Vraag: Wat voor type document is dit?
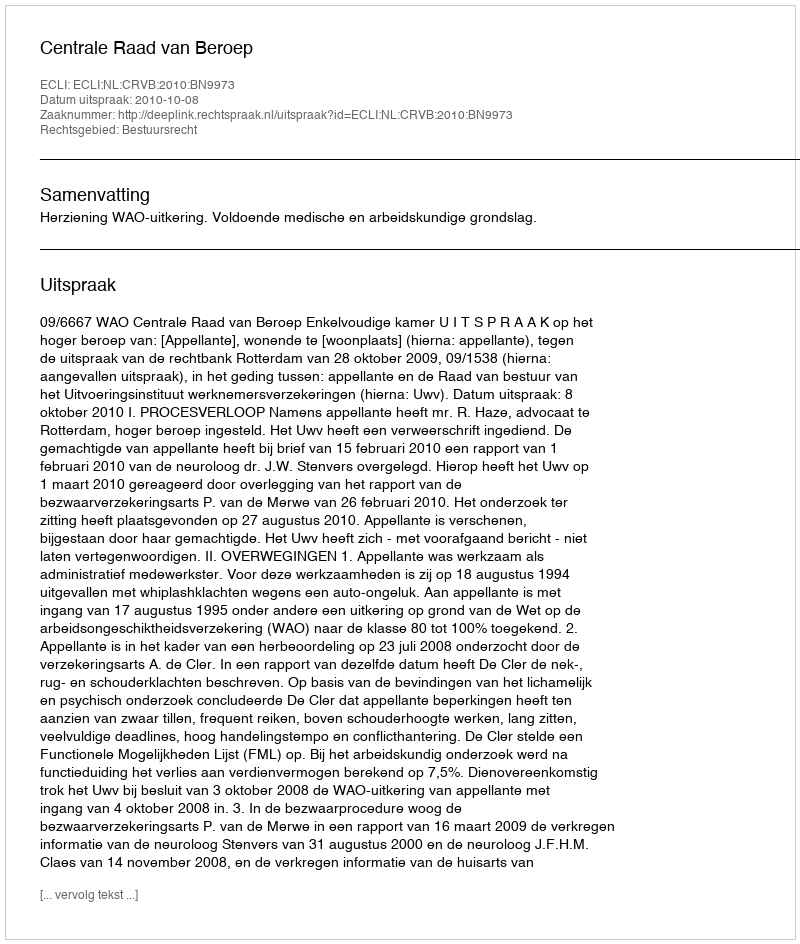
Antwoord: Uitspraak